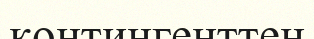
контингенттен